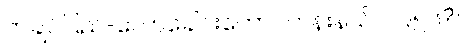
ကချင်ပြည်-လောခေါင်းတောင်တန်းနယ်၊ ၁၉၅၆?။